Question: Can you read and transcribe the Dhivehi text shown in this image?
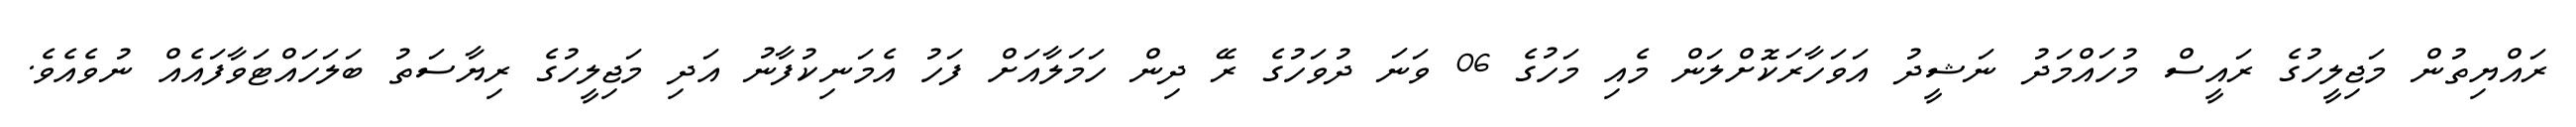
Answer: ރައްޔިތުން މަޖިލީހުގެ ރައީސް މުހައްމަދު ނަޝީދު އަވަހާރަކޮށްލަން މެއި މަހުގެ 06 ވަނަ ދުވަހުގެ ރޭ ދިން ހަމަލާއަށް ފަހު އެމަނިކުފާނު އަދި މަޖިލީހުގެ ރިޔާސަތު ބަލަހައްޓަވާފައެއް ނުވެއެވެ.